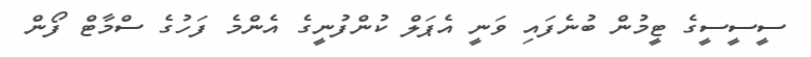
ސީސީސީގެ ޓީމުން ބުނެފައި ވަނީ އެޕަލް ކުންފުނީގެ އެންމެ ފަހުގެ ސްމާޓް ފޯން